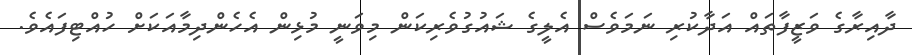
ދާއިރާގެ ވަޒީފާތައް އަދާކުރި ނަމަވެސް އެލީގެ ޝައުގުވެރިކަން މިވަނީ މުޅިން އެހެންދިމާއަކަށް ހުއްޓިފައެވެ.